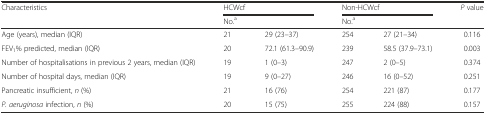
<table><thead><tr><td rowspan="2"><b>Characteristics</b></td><td colspan="2"><b>HCWcf</b></td><td colspan="2"><b>Non-HCWcf</b></td><td rowspan="2"><b><i>P</i> value</b></td></tr><tr><td><b>No.<sup>a</sup></b></td><td></td><td><b>No.<sup>a</sup></b></td><td></td></tr></thead><tbody><tr><td>Age (years), median (IQR)</td><td>21</td><td>29 (23–37)</td><td>254</td><td>27 (21–34)</td><td>0.116</td></tr><tr><td>FEV<sub>1</sub>% predicted, median (IQR)</td><td>20</td><td>72.1 (61.3–90.9)</td><td>239</td><td>58.5 (37.9–73.1)</td><td>0.003</td></tr><tr><td>Number of hospitalisations in previous 2 years, median (IQR)</td><td>19</td><td>1 (0–3)</td><td>247</td><td>2 (0–5)</td><td>0.374</td></tr><tr><td>Number of hospital days, median (IQR)</td><td>19</td><td>9 (0–27)</td><td>246</td><td>16 (0–52)</td><td>0.251</td></tr><tr><td>Pancreatic insufficient, <i>n</i> (%)</td><td>21</td><td>16 (76)</td><td>254</td><td>221 (87)</td><td>0.177</td></tr><tr><td><i>P. aeruginosa</i> infection, <i>n</i> (%)</td><td>20</td><td>15 (75)</td><td>255</td><td>224 (88)</td><td>0.157</td></tr></tbody></table>